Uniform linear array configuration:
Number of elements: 64
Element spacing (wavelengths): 0.75
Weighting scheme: hann
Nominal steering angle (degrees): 0
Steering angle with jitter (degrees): -1.05
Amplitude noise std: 0.05
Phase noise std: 0.05

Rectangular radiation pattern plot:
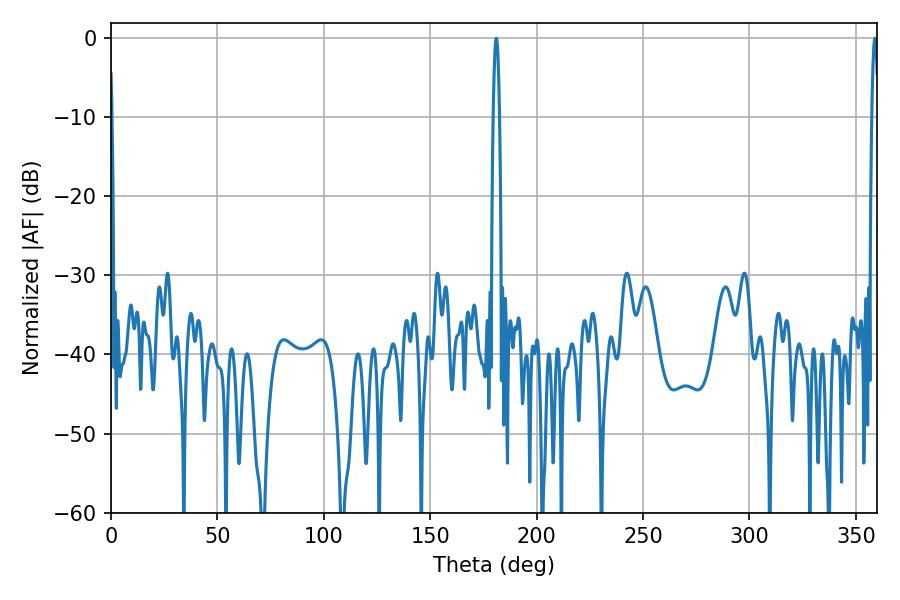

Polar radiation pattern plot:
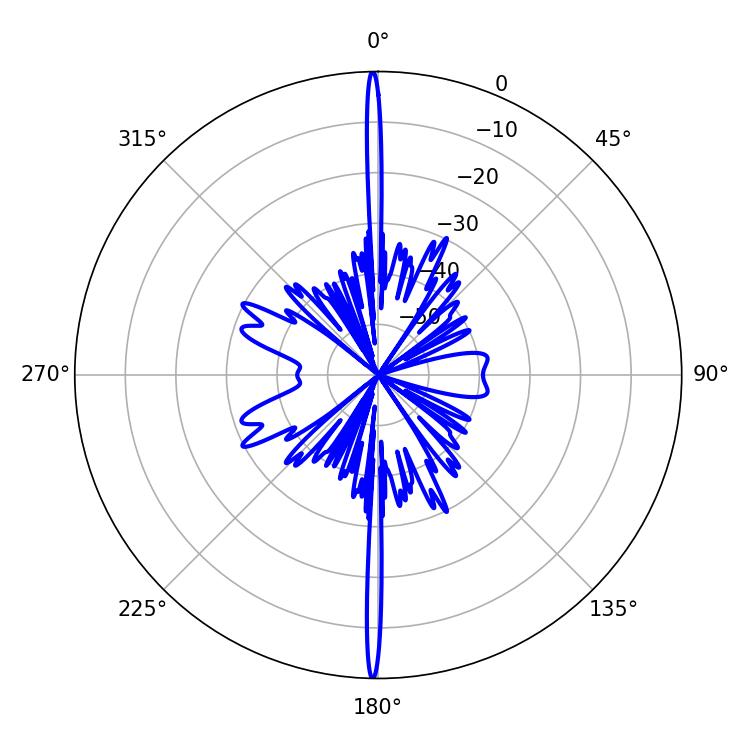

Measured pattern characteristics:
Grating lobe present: TRUE
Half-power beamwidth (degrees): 1.44
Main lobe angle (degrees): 358.92